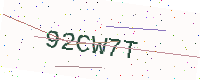
Text: 92CW7T